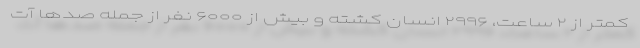
کمتر از ۲ ساعت، ۲۹۹۶ انسان کشته و بیش از ۶۰۰۰ نفر از جمله صدها آت